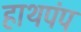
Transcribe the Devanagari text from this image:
हाथपंप